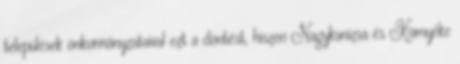
települések önkormányzataival ezt a döntést, hiszen Nagykanizsa és Környéke